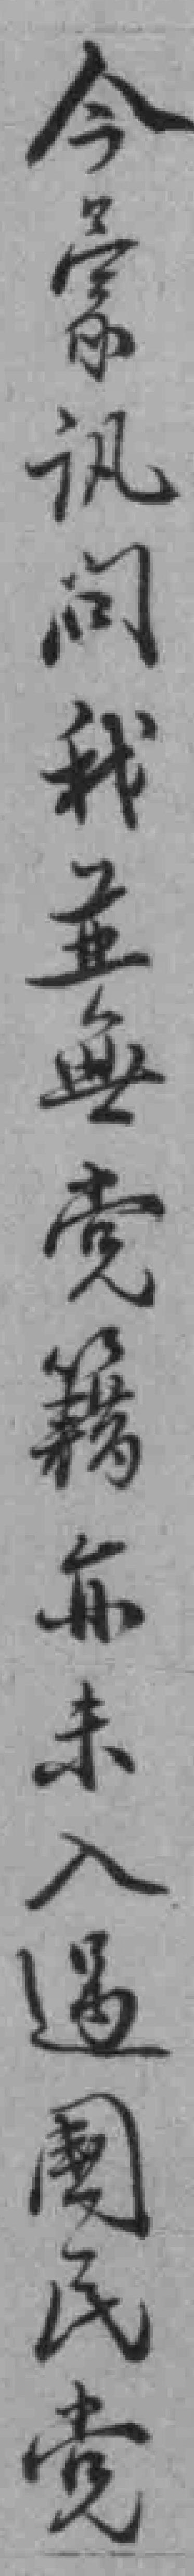
今蒙訊问我並無党籍亦未入過國民党